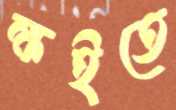
ক্ষইতে